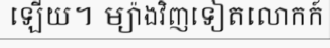
ឡើយ។ ម្យ៉ាងវិញទៀតលោកក៍